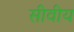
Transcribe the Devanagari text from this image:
सीवीय